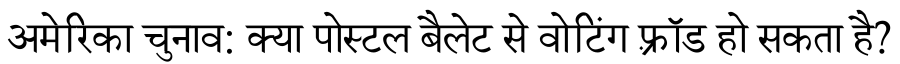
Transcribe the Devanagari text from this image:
अमेरिका चुनाव: क्या पोस्टल बैलेट से वोटिंग फ़्रॉड हो सकता है?